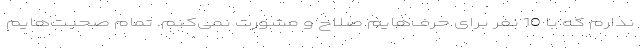
ندارم که با 10 نفر برای حرف‌هایم صلاح و مشورت نمی‌کنم. تمام صحبت‌هایم